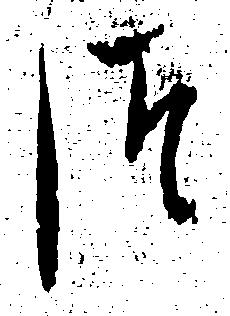
つ